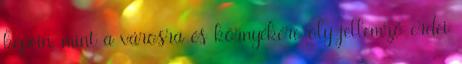
képein, mint a városra és környékére oly jellemző erdei